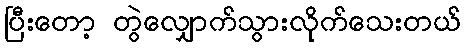
ပြီးတော့ တွဲလျှောက်သွားလိုက်သေးတယ်